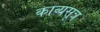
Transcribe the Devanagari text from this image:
काव्यसूत्र